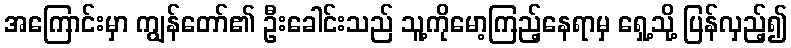
အကြောင်းမှာ ကျွန်တော်၏ ဦးခေါင်းသည် သူ့ကိုမော့ကြည့်နေရာမှ ရှေ့သို့ ပြန်လှည့်၍